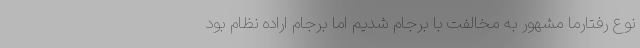
نوع رفتارما مشهور به مخالفت با برجام شدیم اما برجام اراده نظام بود